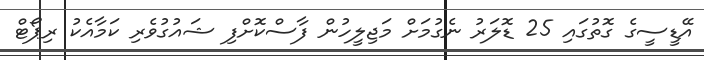
އޭޑީސީގެ ގޮތުގައި 25 ޑޮލަރު ނެގުމަށް މަޖިލީހުން ފާސްކޮށްފި ޝައުގުވެރި ކަމާއެކު ރިޕޯޓް